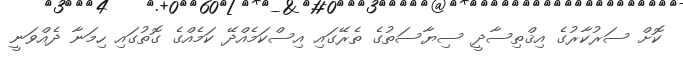
ކޮށް ސަރުކާރުގެ އިޤްތިސާދީ ސިޔާސަތުގެ ތެރޭގައި އިސްކަމެއްދޭ ކަމެއްގެ ގޮތުގައި ހިމަނާ ދެއްވަނީ